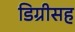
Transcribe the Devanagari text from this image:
डिग्रीसह